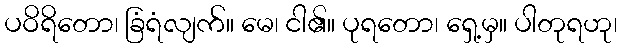
ပဝိရိတော၊ ခြံရံလျက်။ မေ၊ ငါ၏။ ပုရတော၊ ရှေ့မှ။ ပါတုရဟု၊